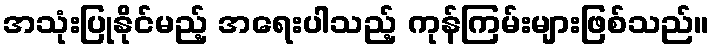
အသုံးပြုနိုင်မည့် အရေးပါသည့် ကုန်ကြမ်းများဖြစ်သည်။